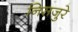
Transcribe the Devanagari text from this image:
निसजुरे